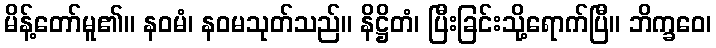
မိန့်တော်မူ၏။ နဝမံ၊ နဝမသုတ်သည်။ နိဋ္ဌိတံ၊ ပြီးခြင်းသို့ရောက်ပြီ။ ဘိက္ခဝေ၊